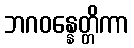
ဘဂဝန္နေတ္တိကာ